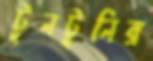
টুনটুনির